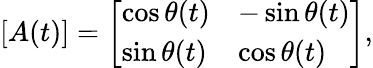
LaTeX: [A(t)]={\left[\begin{array}{ll}{\cos\theta(t)}&{-\sin\theta(t)}\\ {\sin\theta(t)}&{\cos\theta(t)}\end{array}\right]},